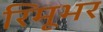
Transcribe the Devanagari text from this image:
रिमूभर